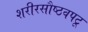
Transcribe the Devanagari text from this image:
शरीरसौष्ठवपटू